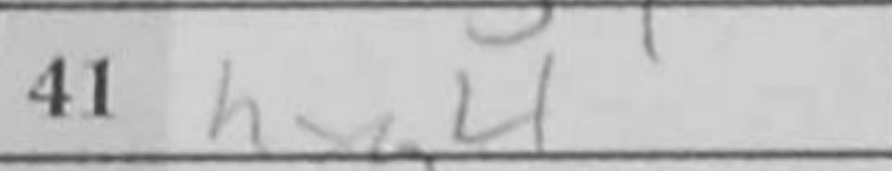
Transcription: hxg4